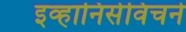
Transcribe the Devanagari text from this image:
इव्हानिसेविचने